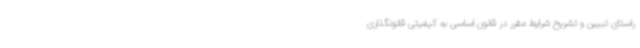
راستای تبیین و تشریح شرایط مقرر در قانون اساسی به کیفیتی قانونگذاری